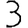
Digit: 3